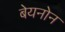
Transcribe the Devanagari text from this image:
बेयनोन